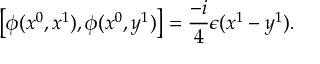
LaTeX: \left[ \phi ( x ^ { 0 } , x ^ { 1 } ) , \phi ( x ^ { 0 } , y ^ { 1 } ) \right] = \frac { - i } { 4 } \epsilon ( x ^ { 1 } - y ^ { 1 } ) .